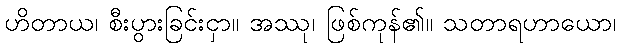
ဟိတာယ၊ စီးပွားခြင်းငှာ။ အဿု၊ ဖြစ်ကုန်၏။ သတာရဟာယော၊